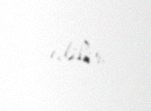
edilir.